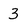
Character: 3